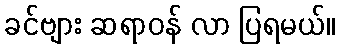
ခင်ဗျား ဆရာဝန် လာ ပြရမယ်။